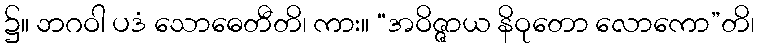
၌။ ဘဂဝါ ပဒံ သောဓေတီတိ၊ ကား။ “အဝိဇ္ဇာယ နိဝုတော လောကော”တိ၊